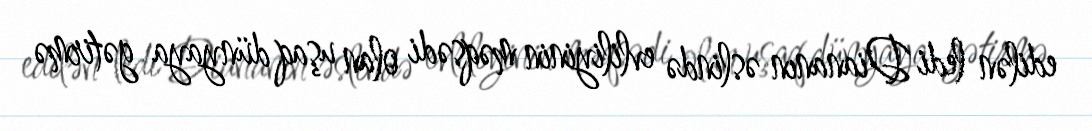
edilən ledi Diananın əslində evliliyinin məqsədi olan uşaq dünyaya gətirmə